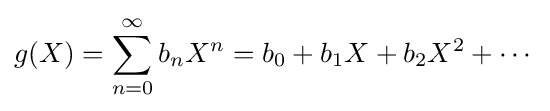
g(X)=\sum _{n=0}^{\infty }b_{n}X^{n}=b_{0}+b_{1}X+b_{2}X^{2}+\cdots